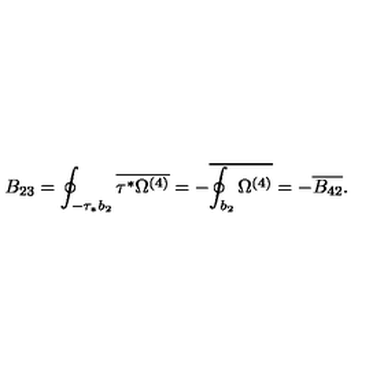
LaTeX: B _ { 2 3 } = \oint _ { - \tau _ { * } b _ { 2 } } \overline { { \tau ^ { * } \Omega ^ { ( 4 ) } } } = - \overline { { \oint _ { b _ { 2 } } \Omega ^ { ( 4 ) } } } = - \overline { { B _ { 4 2 } } } .